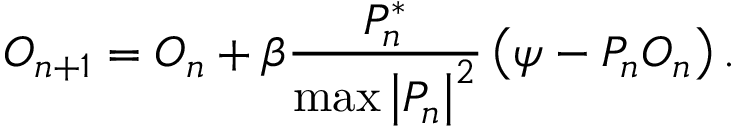
O _ { n + 1 } = O _ { n } + \beta \frac { P _ { n } ^ { * } } { \operatorname* { m a x } \left| P _ { n } \right| ^ { 2 } } \left( \psi - P _ { n } O _ { n } \right) .